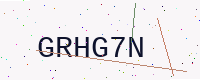
Text: GRHG7N